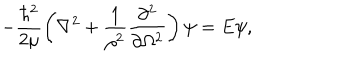
- \frac { \hbar ^ { 2 } } { 2 \mu } \left( \nabla ^ { 2 } + \frac { 1 } { \rho ^ { 2 } } \frac { \partial ^ { 2 } } { \partial \Omega ^ { 2 } } \right) \psi = E \psi ,